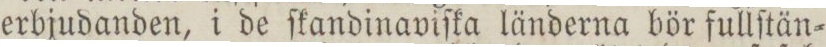
erbjudanden, i de ſkandinaviſka länderna bör fullſtän=